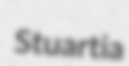
Stuartia